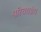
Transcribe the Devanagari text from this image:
परिचयग्रंथ